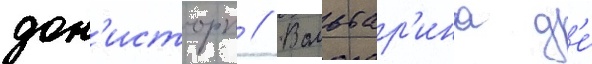
дон'исторп // Вольтар'ина д'е́